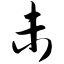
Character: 未